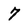
Character: 7